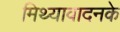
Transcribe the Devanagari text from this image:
मिथ्यावादनके